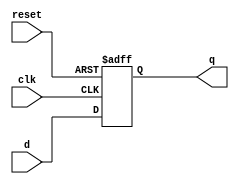
module ff(input clk, reset, d, output reg q);

  always @ (posedge clk, posedge reset)
    if (reset)
      q <= 1'b0;
    else
      q <= d;

endmodule

//Ejercicio 5
module ff_4(input clk, input reset, input en, input [3:0]d, output reg [3:0]q);

  always @ (posedge clk, posedge reset)
  if (reset) q <= 4'b0;
  else if (en) q <= d;

endmodule

//Ejercicio 1
module eje1 (input clk, reset, A, B, output wire y, output wire [1:0] S, SF);

  //Estado futuro combinacional
  assign SF[1] = (S[1] & A & B) | (S[0] & B);

  assign SF[0] = (~S[1] & ~S[0] & A);

  //Salida combinacional
  assign y = (S[1] & A & B);

  //Secuencial
  ff u1(clk, reset, SF[1], S[1]);
  ff u0(clk, reset, SF[0], S[0]);


endmodule

//Ejercicio 3
module gray(input clk, reset, co, output wire a, b, c, output wire [2:0] s, s_f);

  //salidas combinacional
  assign a = s[2];
  assign b = (~s[2] & s[1]) | (s[2] & ~s[1]);
  assign c = (s[1] & ~s[0]) | (~s[1] & s[0]);

  //estado futuro combinacional
  assign s_f[2] = (~s[2] & s[1] & s[0] & co) | (~s[2] & ~s[1] & ~s[0] & ~co) |
  (s[2] & s[0] & ~co) | (s[2] & ~s[1] & co) | (s[2] & s[1] & ~s[0]);

  assign s_f[1] = (s[1] & s[0] & ~co) | (~s[1] & s[0] & co) | (~s[1] & ~s[0] & ~co) |
  (s[1] & ~s[0] & co);

  assign s_f[0] = ~s[0];

  //estado secuencial
  ff S2(clk, reset, s_f[2], s[2]);
  ff S1(clk, reset, s_f[1], s[1]);
  ff S0(clk, reset, s_f[0], s[0]);

endmodule